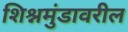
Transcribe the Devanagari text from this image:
शिश्नमुंडावरील